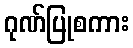
ဂုဏ်ပြုစကား